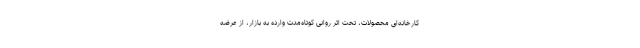
کارخانه‌ای محصولات، تحت اثر روانی کوتاه‌مدت وارده به بازار، از عرضه